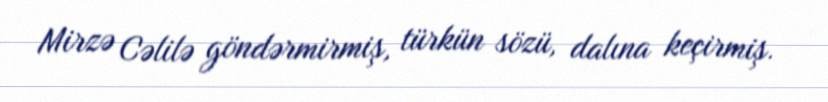
Mirzə Cəlilə göndərmirmiş, türkün sözü, dalına keçirmiş.